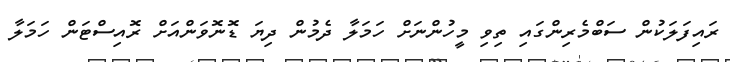
ރައިފަލަކުން ސަބްމެރިންގައި ތިވި މީހުންނަށް ހަމަލާ ދެމުން ދިޔަ ޑޮނޮވަންއަށް ރޮއިސްޓަން ހަމަލާ